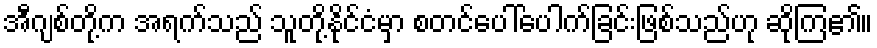
အီဂျစ်တို့က အရက်သည် သူတို့နိုင်ငံမှာ စတင်ပေါ်ပေါက်ခြင်းဖြစ်သည်ဟု ဆိုကြ၏။